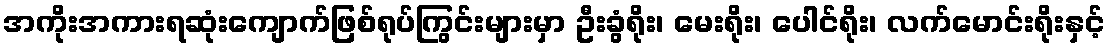
အကိုးအကားရဆုံးကျောက်ဖြစ်ရုပ်ကြွင်းများမှာ ဦးခွံရိုး၊ မေးရိုး၊ ပေါင်ရိုး၊ လက်မောင်းရိုးနှင့်